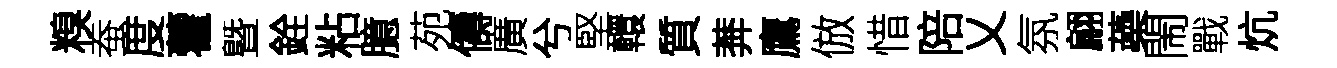
糗蚕度藿曁銓粘臆苑儔廣兮堅轘質莾鷹倣惜陪乂氛翩蘃閙戰炕